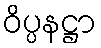
ဝိပ္ပနဋ္ဌာ